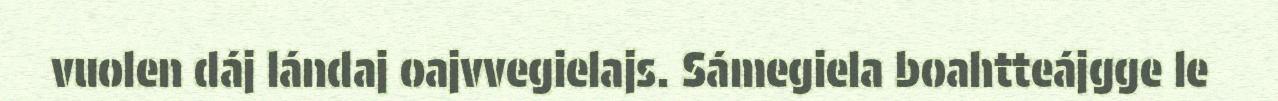
vuolen dáj lándaj oajvvegielajs. Sámegiela boahtteájgge le